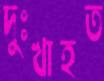
দুঃখাহত